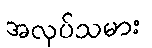
အလုပ်သမား